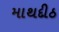
માથદીઠ